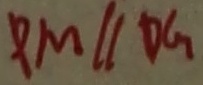
P M / / D G